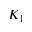
K _ { 1 }